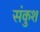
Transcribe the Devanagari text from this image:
संकुश